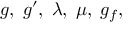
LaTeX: g , \; g ^ { \prime } , \; \lambda , \; \mu , \; g _ { f } ,